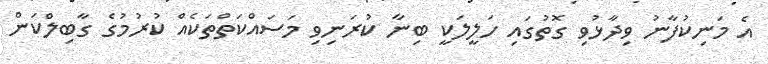
އެ މަނިކުފާނު ވިދާޅުވި ގޮތުގައި ހަލީލަކީ ބިނާ ކުރަނިވި މަަސައްކަތްތަކެއް ކުރުމުގެ ގާބިލްކަން